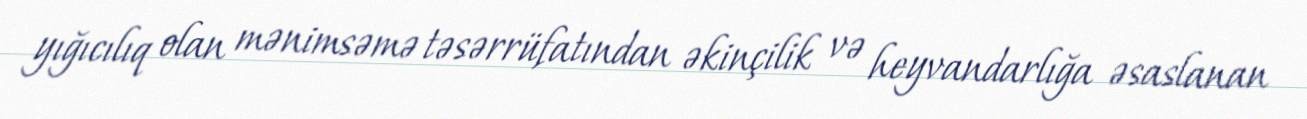
yığıcılıq olan mənimsəmə təsərrüfatından əkinçilik və heyvandarlığa əsaslanan